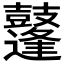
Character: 𪔲